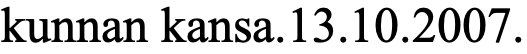
kunnan kansa.13.10.2007.